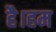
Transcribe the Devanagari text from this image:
है।हम